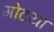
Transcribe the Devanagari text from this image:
गोटया